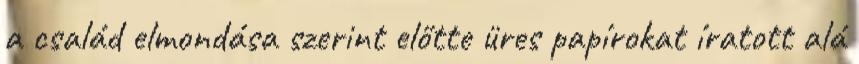
a család elmondása szerint előtte üres papírokat íratott alá